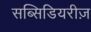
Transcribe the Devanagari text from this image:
सब्सिडियरीज़